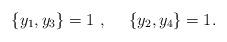
LaTeX: \begin{align*} \lbrace y_1,y_3\rbrace =1~,~~~~ \lbrace y_2,y_4\rbrace =1 .\end{align*}